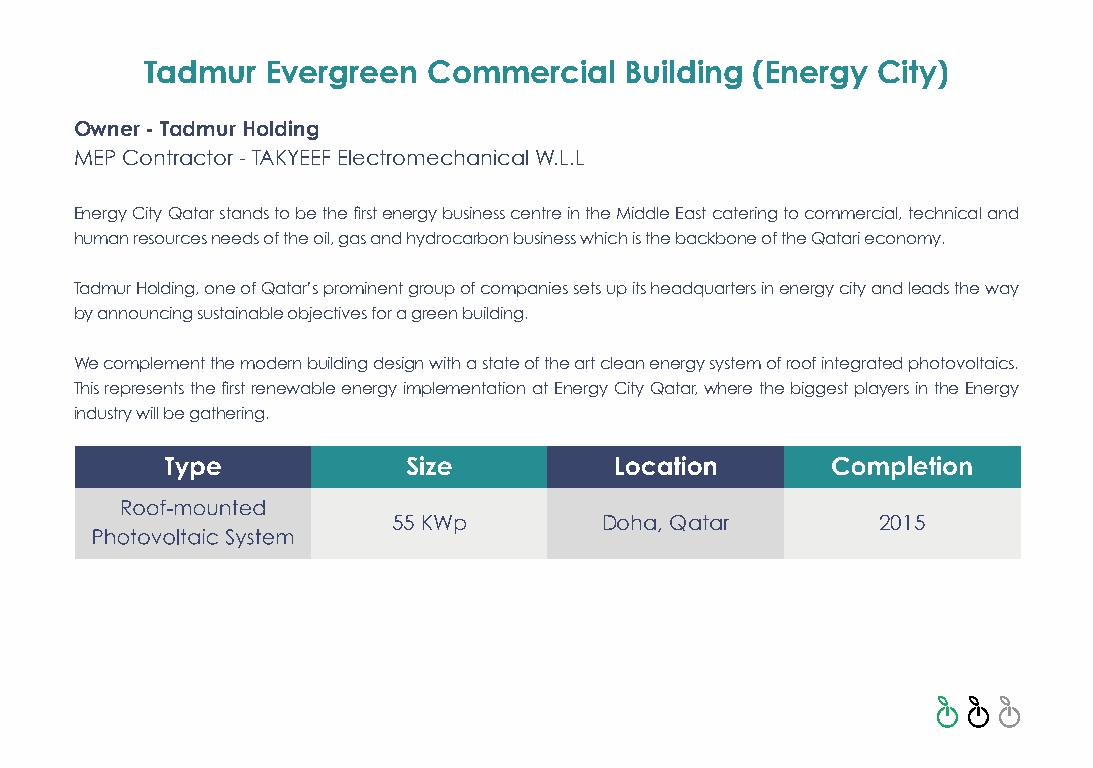
Tadmur  Evergreen Commercial   Building (Energy City)
 Owner - Tadmur Holding
 MEP Contractor - TAKYEEF Electromechanical W.L.L
 Energy City Qatar stands to be the first energy business centre in the Middle East catering to commercial, technical and
 human resources needs of the oil, gas and hydrocarbon business which is the backbone of the Qatari economy.
 Tadmur Holding, one of Qatar’s prominent group of companies sets up its headquarters in energy city and leads the way
 by announcing sustainable objectives for a green building.
 We complement the modern building design with a state of the art clean energy system of roof integrated photovoltaics.
 This represents the first renewable energy implementation at Energy City Qatar, where the biggest players in the Energy
 industry will be gathering.
 55 KWp        Doha, Qatar       2015